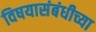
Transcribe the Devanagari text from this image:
विषयासंबंधीच्या